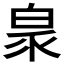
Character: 𭽖